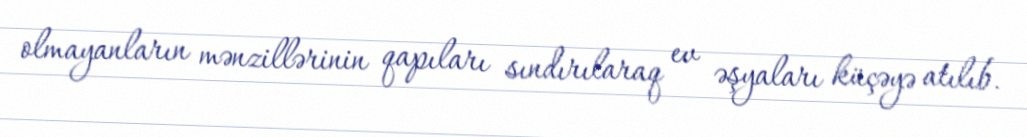
olmayanların mənzillərinin qapıları sındırılaraq ev əşyaları küçəyə atılıb.